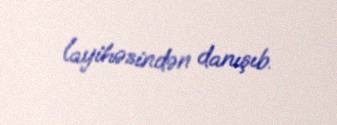
layihəsindən danışıb.